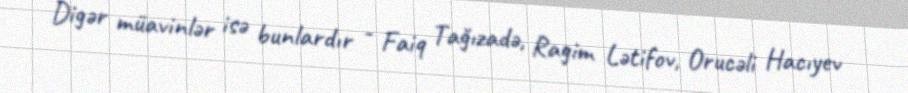
Digər müavinlər isə bunlardır - Faiq Tağızadə, Ragim Lətifov, Orucəli Hacıyev